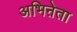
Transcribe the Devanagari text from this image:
अभिऩेता